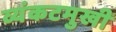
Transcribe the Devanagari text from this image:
व्यंकटमुखी